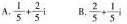
A.$$\frac { 1 } { 5 } + \frac { 2 } { 5 } i$$ B.$$\frac { 2 } { 5 } + \frac { 1 } { 5 } i$$